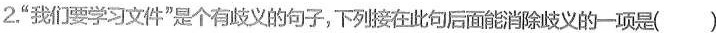
2.”我们要学习文件”是个有歧义的句子，下列接在此句后面能消除歧义的一项是()